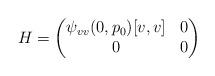
LaTeX: \begin{align*}H = \begin{pmatrix}\psi_{vv}(0,p_0)[v,v]& 0\\ 0&0\end{pmatrix}\end{align*}